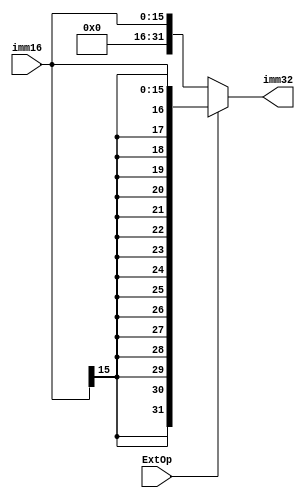
`timescale 1ns / 1ps
//////////////////////////////////////////////////////////////////////////////////
// Company: 
// Engineer: 
// 
// Design Name: 
// Module Name:    EXT 
// Project Name: 
// Target Devices: 
// Tool versions: 
// Description: 
//
// Dependencies: 
//
// Revision: 
// Revision 0.01 - File Created
// Additional Comments: 
//
//////////////////////////////////////////////////////////////////////////////////
module EXT(
	input [15:0] imm16,
	input ExtOp,
	output [31:0] imm32
    );
	 assign imm32 = ExtOp?{{16{imm16[15]}},imm16}:{{16{1'b0}},imm16};
	//extop1
	//00

endmodule